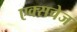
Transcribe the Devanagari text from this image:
एक्सचेज